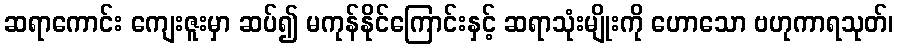
ဆရာကောင်း ကျေးဇူးမှာ ဆပ်၍ မကုန်နိုင်ကြောင်းနှင့် ဆရာသုံးမျိုးကို ဟောသော ဗဟုကာရသုတ်၊